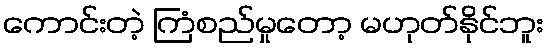
ကောင်းတဲ့ ကြံစည်မှုတော့ မဟုတ်နိုင်ဘူး